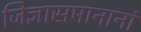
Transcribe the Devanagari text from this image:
जिज्ञासमानानां